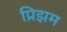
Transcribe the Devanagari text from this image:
प्रिझम